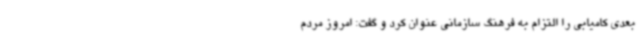
بعدی کامیابی را التزام به فرهنگ سازمانی عنوان کرد و گفت: امروز مردم